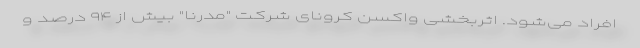
افراد می‌شود. اثربخشی واکسن کرونای شرکت "مُدرنا" بیش از ۹۴ درصد و